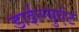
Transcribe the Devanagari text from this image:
डाईल्युएंट